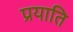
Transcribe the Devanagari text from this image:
प्रयाति